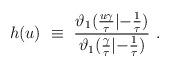
LaTeX: \begin{align*}h(u) ~\equiv~ {\vartheta_1 ({u \gamma \over \tau} |{-{1 \over \tau}}) \over \vartheta_1 ({ \gamma \over \tau} |{-{1 \over \tau}}) } \ .\end{align*}